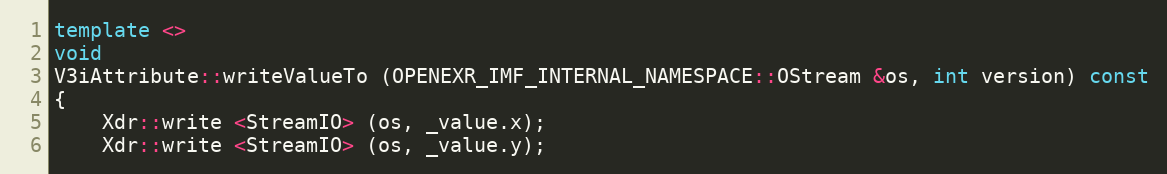
Language: C++
template <>
void
V3iAttribute::writeValueTo (OPENEXR_IMF_INTERNAL_NAMESPACE::OStream &os, int version) const
{
    Xdr::write <StreamIO> (os, _value.x);
    Xdr::write <StreamIO> (os, _value.y);